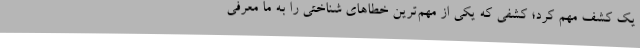
یک کشف مهم کرد؛ کشفی که یکی از مهم‌ترین خطاهای شناختی را به ما معرفی